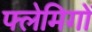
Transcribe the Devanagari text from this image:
फ्लेमिगों